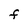
Character: F